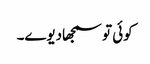
کوئی تو سمجھادیوے۔